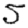
Digit: 5